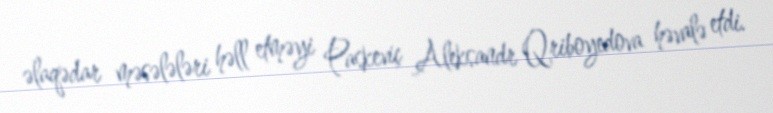
əlaqədar məsələləri həll etməyi Paskeviç Aleksandr Qriboyedova həvalə etdi.